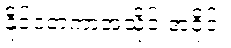
နိုင်ငံတကာအသိုင်းအဝိုင်း